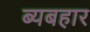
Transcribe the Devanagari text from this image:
ब्यबहार